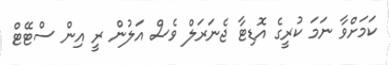
ކަމަށްވާ ނަމަ ކުރީގެ އޮޑިޓާ ޖެނަރަލް ވެސް އަލުން ރީ އިން ސްޓޭޓް